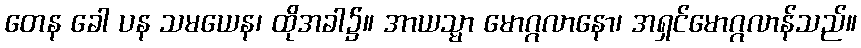
တေန ခေါ ပန သမယေန၊ ထိုအခါ၌။ အာယသ္မာ မောဂ္ဂလာနော၊ အရှင်မောဂ္ဂလာန်သည်။